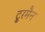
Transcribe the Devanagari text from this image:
टू्रमैन